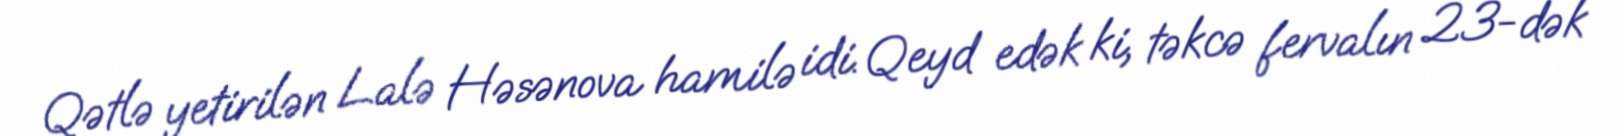
Qətlə yetirilən Lalə Həsənova hamilə idi. Qeyd edək ki, təkcə fervalın 23-dək